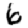
Digit: 6